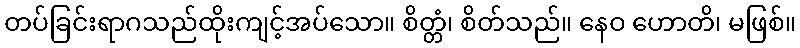
တပ်ခြင်းရာဂသည်ထိုးကျင့်အပ်သော။ စိတ္တံ၊ စိတ်သည်။ နေဝ ဟောတိ၊ မဖြစ်။